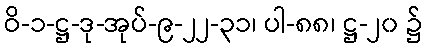
ဝိ-၁-ဋ္ဌ-ဒု-အုပ်-၉-၂၂-၃၁၊ ပါ-၈၈၊ ဋ္ဌ-၂၀ ၌